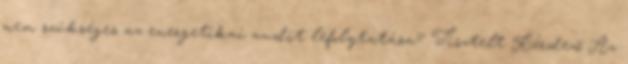
nem szükséges az energetikai audit lefolytatása? Tisztelt Kérdező Az